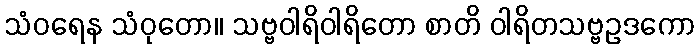
သံဝရေန သံဝုတော။ သဗ္ဗဝါရိဝါရိတော စာတိ ဝါရိတသဗ္ဗဥဒကော